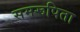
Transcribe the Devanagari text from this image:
समरूपिता